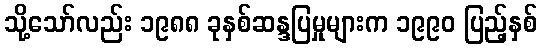
သို့သော်လည်း ၁၉၈၈ ခုနှစ်ဆန္ဒပြမှုများက ၁၉၉၀ ပြည့်နှစ်